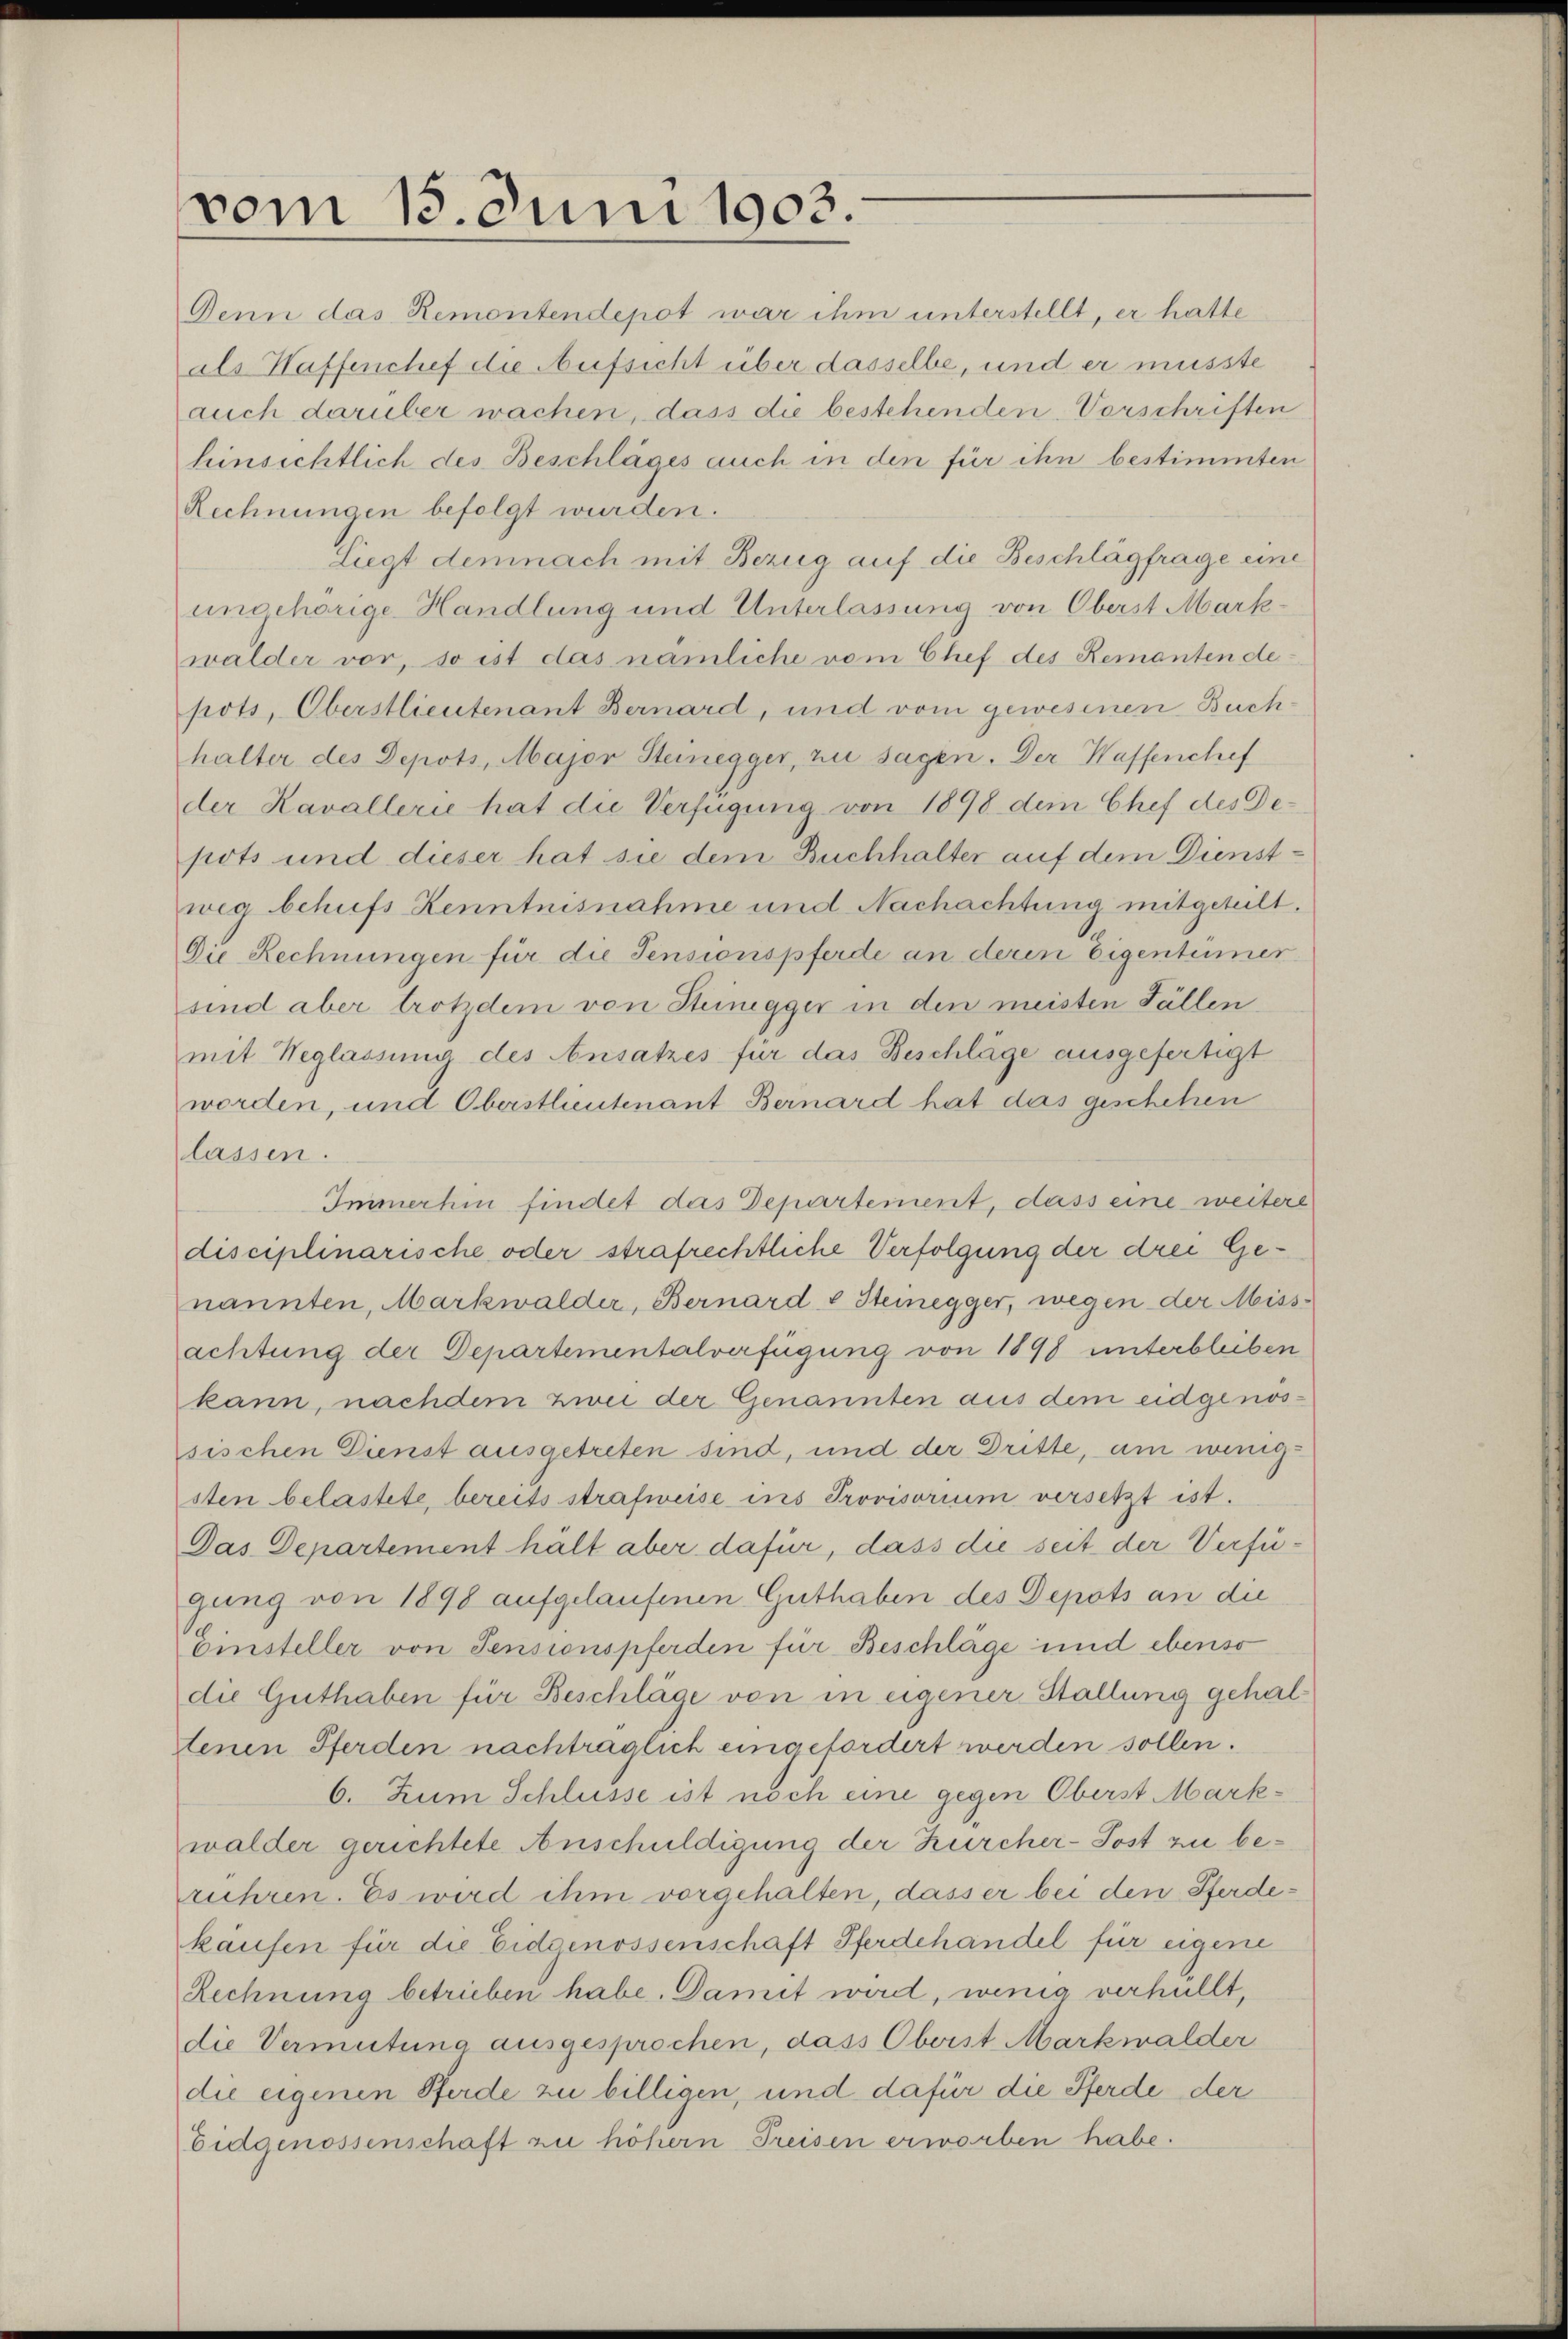
vom 15. Juni 1903.

Denn das Remontendepot war ihm unterstellt, er hatte
als Waffenchef die Aufsicht über dasselbe, und er müsste
auch darüber wachen, dass die bestehenden Vorschriften
hinsichtlich des Beschläges auch in den für ihn bestimmten
Rechnungen befolgt wurden.
Liegt demnach mit Bezug auf die Beschlagfrage eine
ungehörige Handlung und Unterlassung von Oberst Markwalder vor, so ist das nämliche vom Chef des Remanten depots, Oberstlieutenant Bernard, und vom gewesenen Buchhalter des Depots, Major Steinegger, zu sagen. Der Waffenchef
der Kavallerie hat die Verfügung von 1898 dem Chef des Depots und dieser hat sie dem Buchhalter auf dem Dienstweg behufs Kenntnisnahme und Nachachtung mitgeteilt.
Die Rechnungen für die Pensionspferde an deren Eigentümer
sind aber trotzdem von Steinigger in den meisten Fällen.
mit Weglassung des Ansatzes für das Beschläge ausgefertigt
worden, und Oberstlieutenant Bernard hat das geschehen
lassen.
Immerhin findet das Departement, dass eine weitere
disciplinarische oder strafrechtliche Verfolgung der drei Genannten, Markwalder, Bernard & Steinegger, wegen der Miss-
achtung der Departementalverfügung von 1898 unterbleiben
kann, nachdem zwei der Genannten aus dem eidgenossischen Dienst ausgetreten sind, und der Dritte, um wenigsten belastete, bereits strafweise ins Provisorium versetzt ist.
Das Departement hält aber dafür, dass die seit der Verfügung von 1898 aufgelaufenen Guthaben des Depots an die
Einsteller von Sensionspferden für Beschläge und ebenso
die Guthaben für Beschläge von in eigener Stallung gehaltenen Pferden nachträglich eingefordert werden sollen.
6. Zum Schlüsse ist noch eine gegen Oberst Markwalder gerichtete Anschuldigung der Zürcher-Post zu berühren. Es wird ihm vorgehalten, dasser bei den Pferdekaufen für die Eidgenossenschaft Pferdehändel für eigene
Rechnung betrieben habe. Damit wird, wenig verhüllt,
die Vermutung ausgesprochen, dass Oberst Markwalder
die eigenen Pferde zu billigen, und dafür die Pferde der
Eidgenossenschaft zu höhern Freisen erworben habe.